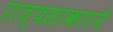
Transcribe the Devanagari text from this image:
राज्यसरकारने